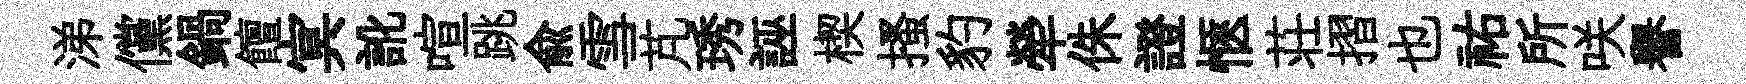
涕儻鍋饘㝠訛喧跳俞雪芃琇誣楔搔豹犖侏證愜荘摺也祐所咲譽